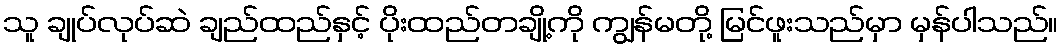
သူ ချုပ်လုပ်ဆဲ ချည်ထည်နှင့် ပိုးထည်တချို့ကို ကျွန်မတို့ မြင်ဖူးသည်မှာ မှန်ပါသည်။